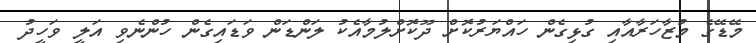
މޭޑޭގެ މުޒާހަރާއާއި ގުޅިގެން ހައްޔަރުކޮށް ދޫކޮށްލުމާއެކު ލަންޑަން ވަޑައިގެން ހުންނެވި އަލީ ވަހީދު